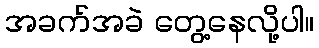
အခက်အခဲ တွေ့နေလို့ပါ။